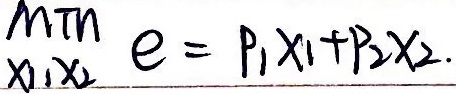
\(\underset{x_1,x_2}{\min} \ e = p_1x_1 + p_2x_2\)